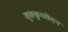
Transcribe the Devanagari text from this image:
वृक्कुच्छेदन